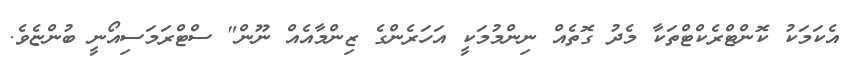
އެކަމަކު ކޮންޓްރެކްޓްތަކާ މެދު ގޮތެއް ނިންމުމަކީ އަހަރެންގެ ޒިންމާއެއް ނޫން" ސްޓްރަމަސިއޯނީ ބުންޏެވެ.